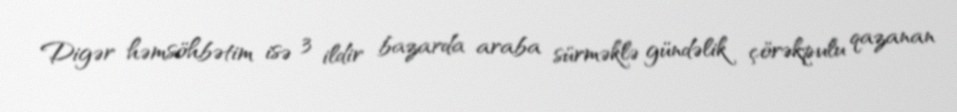
Digər həmsöhbətim isə 3 ildir bazarda araba sürməklə gündəlik çörəkpulu qazanan